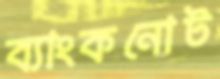
ব্যাংকনোট